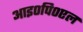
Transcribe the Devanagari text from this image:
आइ०पि०एल